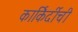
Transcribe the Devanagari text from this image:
कार्किर्दीची